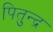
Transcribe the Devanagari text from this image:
पितुन्द्र